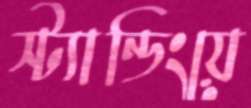
স্ট্যান্ডিংয়ে